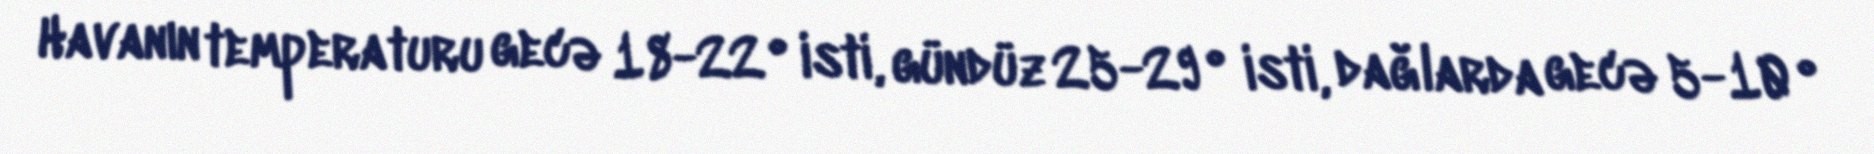
Havanın temperaturu gecə 18-22° isti, gündüz 25-29° isti, dağlarda gecə 5-10°